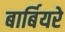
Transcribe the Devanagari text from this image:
बार्बियरे